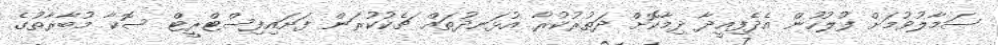
ސަމާލުވުމަށް ފުލުހުން އެދެފިއީދާ ދިމާކޮށް ދަތުރުކުރާ އުޅަނދުތައް ޗެކުކުރަން ފަށައިފިސްޓްރީޓް ސޮކާ މުބާރާތުގެ